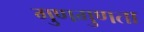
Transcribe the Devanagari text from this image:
गुणगुणता